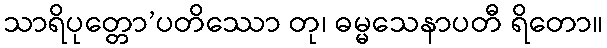
သာရိပုတ္တော’ပတိဿော တု၊ ဓမ္မသေနာပတီ ရိတော။